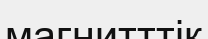
магнитттік